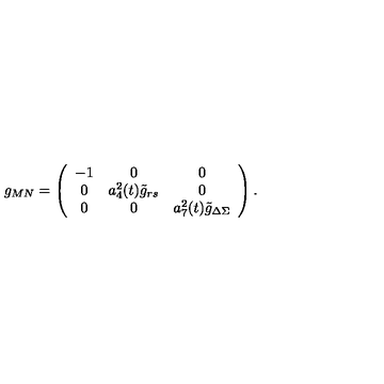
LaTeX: g _ { M N } = \left( \begin{array} { c c c } { - 1 } & { 0 } & { 0 } \\ { 0 } & { a _ { 4 } ^ { 2 } ( t ) { \tilde { g } } _ { r s } } & { 0 } \\ { 0 } & { 0 } & { a _ { 7 } ^ { 2 } ( t ) { \tilde { g } } _ { \Delta \Sigma } } \\ \end{array} \right) .